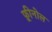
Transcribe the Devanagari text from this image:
फ़्रीनोल